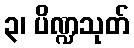
၃၊ ပိဏ္ဍသုတ်